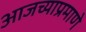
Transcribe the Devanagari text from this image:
आजच्याप्रमाणे